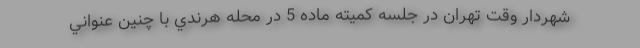
شهردار وقت تهران در جلسه كميته ماده 5 در محله هرندي با چنين عنواني